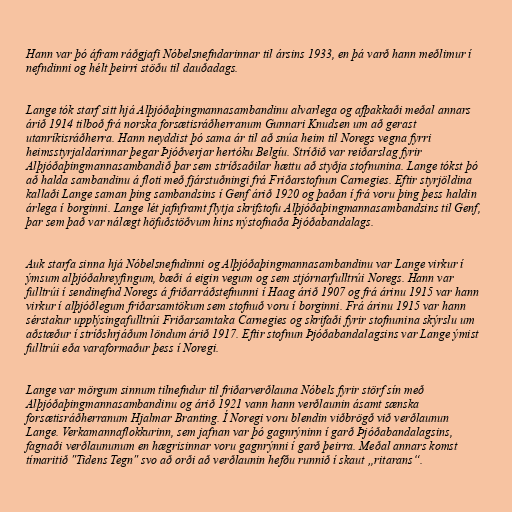
Hann var þó áfram ráðgjafi Nóbelsnefndarinnar til ársins 1933, en þá varð hann meðlimur í
nefndinni og hélt þeirri stöðu til dauðadags.

Lange tók starf sitt hjá Alþjóðaþingmannasambandinu alvarlega og afþakkaði meðal annars
árið 1914 tilboð frá norska forsætisráðherranum Gunnari Knudsen um að gerast
utanríkisráðherra. Hann neyddist þó sama ár til að snúa heim til Noregs vegna fyrri
heimsstyrjaldarinnar þegar Þjóðverjar hertóku Belgíu. Stríðið var reiðarslag fyrir
Alþjóðaþingmannasambandið þar sem stríðsaðilar hættu að styðja stofnunina. Lange tókst þó
að halda sambandinu á floti með fjárstuðningi frá Friðarstofnun Carnegies. Eftir styrjöldina
kallaði Lange saman þing sambandsins í Genf árið 1920 og þaðan í frá voru þing þess haldin
árlega í borginni. Lange lét jafnframt flytja skrifstofu Alþjóðaþingmannasambandsins til Genf,
þar sem það var nálægt höfuðstöðvum hins nýstofnaða Þjóðabandalags.

Auk starfa sinna hjá Nóbelsnefndinni og Alþjóðaþingmannasambandinu var Lange virkur í
ýmsum alþjóðahreyfingum, bæði á eigin vegum og sem stjórnarfulltrúi Noregs. Hann var
fulltrúi í sendinefnd Noregs á friðarráðstefnunni í Haag árið 1907 og frá árinu 1915 var hann
virkur í alþjóðlegum friðarsamtökum sem stofnuð voru í borginni. Frá árinu 1915 var hann
sérstakur upplýsingafulltrúi Friðarsamtaka Carnegies og skrifaði fyrir stofnunina skýrslu um
aðstæður í stríðshrjáðum löndum árið 1917. Eftir stofnun Þjóðabandalagsins var Lange ýmist
fulltrúi eða varaformaður þess í Noregi.

Lange var mörgum sinnum tilnefndur til friðarverðlauna Nóbels fyrir störf sín með
Alþjóðaþingmannasambandinu og árið 1921 vann hann verðlaunin ásamt sænska
forsætisráðherranum Hjalmar Branting. Í Noregi voru blendin viðbrögð við verðlaunun
Lange. Verkamannaflokkurinn, sem jafnan var þó gagnrýninn í garð Þjóðabandalagsins,
fagnaði verðlaununum en hægrisinnar voru gagnrýnni í garð þeirra. Meðal annars komst
tímaritið "Tidens Tegn" svo að orði að verðlaunin hefðu runnið í skaut „ritarans“.